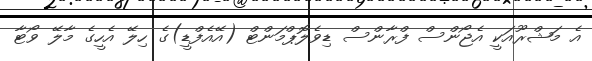
އެ މަޝްރޫއަކީ އެޖޯންސް ފްރާންސް ޑިވެލޮޕްމަންޓް (އޭއެފްޑީ)ގެ ހިލޭ އެހީގެ މާލޭ ވޯޓާ